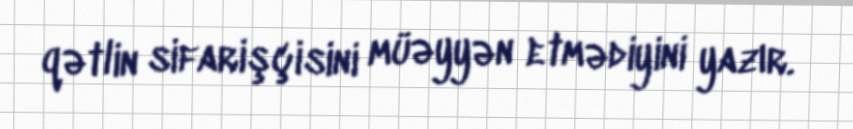
qətlin sifarişçisini müəyyən etmədiyini yazır.